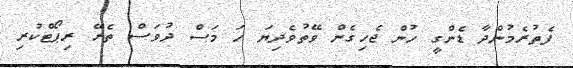
ފެތުރެމުންދާ ޑެންގީ ހުން ޖެހިގެން ވޭތުވެދިޔަ ހަ މަސް ދުވަސް ތެރޭ ރިޕޯޓްކުރި